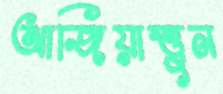
আজিয়াত্তুন